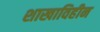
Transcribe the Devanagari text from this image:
शाखाविहीन